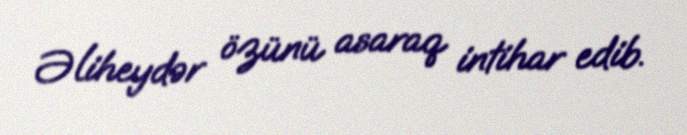
Əliheydər özünü asaraq intihar edib.